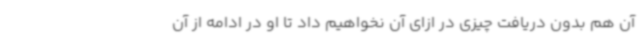
آن هم بدون دریافت چیزی در ازای آن نخواهیم داد تا او در ادامه از آن